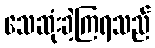
သေဆုံးခဲ့ကြရသည်